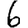
Digit: 6